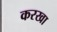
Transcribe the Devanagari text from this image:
करखा